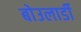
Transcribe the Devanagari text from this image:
बोउलार्डी